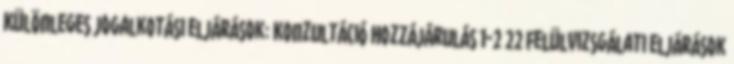
Különleges jogalkotási eljárások: Konzultáció Hozzájárulás 1-2 22 Felülvizsgálati eljárások